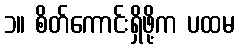
၁။ စိတ်ကောင်းရှိဖို့က ပထမ